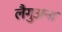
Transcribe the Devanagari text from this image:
लैगुअना